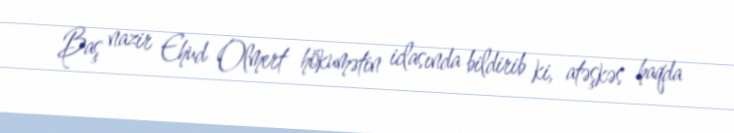
Baş nazir Ehud Olmert hökumətin iclasında bildirib ki, atəşkəs haqda